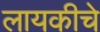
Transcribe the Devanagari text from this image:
लायकीचे